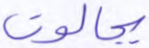
بجالوت